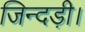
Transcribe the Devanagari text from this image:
जिन्दड़ी।